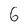
Character: 6